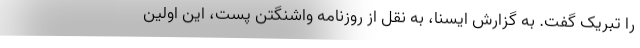
را تبریک گفت. به گزارش ایسنا، به نقل از روزنامه واشنگتن پست، این اولین